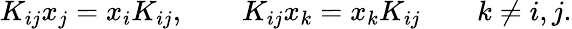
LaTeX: K_{ij}x_{j}=x_{i}K_{ij},\qquad K_{ij}x_{k}=x_{k}K_{ij}\qquad k\ne i,j.